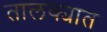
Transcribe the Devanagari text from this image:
तालक्यात